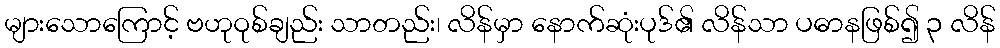
များသောကြောင့် ဗဟုဝုစ်ချည်း သာတည်း၊ လိန်မှာ နောက်ဆုံးပုဒ်၏ လိန်သာ ပဓာနဖြစ်၍ ၃ လိန်